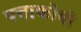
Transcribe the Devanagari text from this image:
पत्ताकोबी